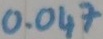
Text: 0.047